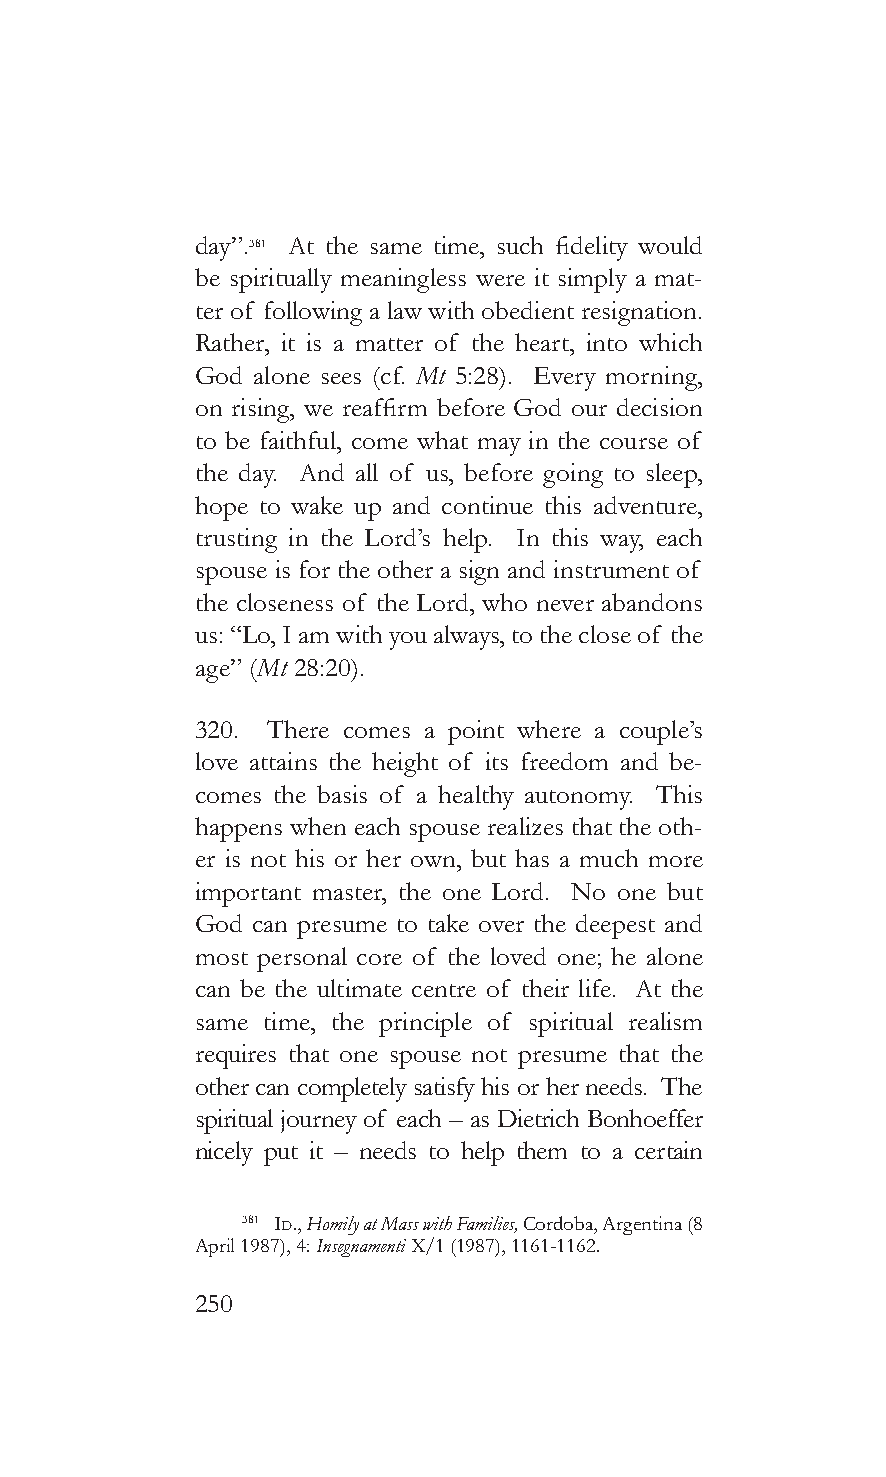
day”.381 At the same time, such fidelity would
 be spiritually meaningless were it simply a mat-
 ter of following a law with obedient resignation.
 Rather, it is a matter of the heart, into which
 God alone sees (cf. Mt 5:28). Every morning,
 on rising, we reaffirm before God our decision
 to be faithful, come what may in the course of
 the day. And all of us, before going to sleep,
 hope to wake up and continue this adventure,
 trusting in the Lord’s help. In this way, each
 spouse is for the other a sign and instrument of
 the closeness of the Lord, who never abandons
 us: “Lo, I am with you always, to the close of the
 age” (Mt 28:20).
 320. There comes a point where a couple’s
 love attains the height of its freedom and be-
 comes the basis of a healthy autonomy. This
 happens when each spouse realizes that the oth-
 er is not his or her own, but has a much more
 important master, the one Lord. No one but
 God can presume to take over the deepest and
 most personal core of the loved one; he alone
 can be the ultimate centre of their life. At the
 same time, the principle of spiritual realism
 requires that one spouse not presume that the
 other can completely satisfy his or her needs. The
 spiritual journey of each – as Dietrich Bonhoeffer
 nicely put it – needs to help them to a certain
 381 Id., Homily at Mass with Families, Cordoba, Argentina (8
 April 1987), 4: Insegnamenti X/1 (1987), 1161-1162.
 250